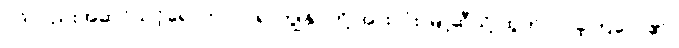
ဂွဒ်လည်းအဆင်သင့်ရောက်လာ၍ ကျွန်ုပ်တို့ အားလုံး မြို့ဆီသို့ ထွက်လာခဲ့ကြလေ၏။